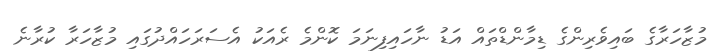
މުޒާހަރާގެ ބައިވެރިންގެ ޑިމާންޑްތައް އަޑު ނާހައިފިނަމަ ކޮންމެ ރެއަކު އެސަރަހައްދުގައި މުޒާހަރާ ކުރާނެ